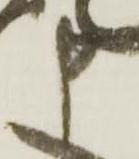
申